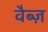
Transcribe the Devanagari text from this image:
वैब्ज़